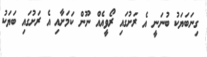
ގިނަބަޔަކު ބުނަނީ އެ ރަށުގައި ރޯވީއެއް ނޫން ކަމަށާއި އެ ރަށުގައި ބަޔަކު